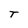
Character: T